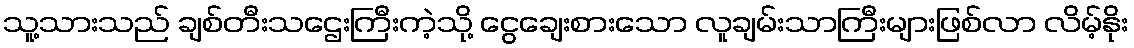
သူ့သားသည် ချစ်တီးသဌေးကြီးကဲ့သို့ ငွေချေးစားသော လူချမ်းသာကြီးများဖြစ်လာ လိမ့်နိုး